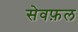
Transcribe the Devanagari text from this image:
सेवफ़ल